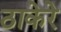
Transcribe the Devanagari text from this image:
ठाकेरे